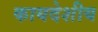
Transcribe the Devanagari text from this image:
कायदेशीय